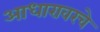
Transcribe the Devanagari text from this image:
आधारावरचे